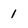
Character: 1